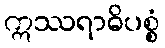
ဣဿရာဓိပစ္စံ